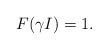
LaTeX: \begin{align*}F(\gamma I)=1.\end{align*}